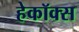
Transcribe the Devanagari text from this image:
हेकॉक्स